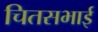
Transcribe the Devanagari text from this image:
चितसभाई